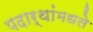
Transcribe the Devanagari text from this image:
पदार्थांमधले